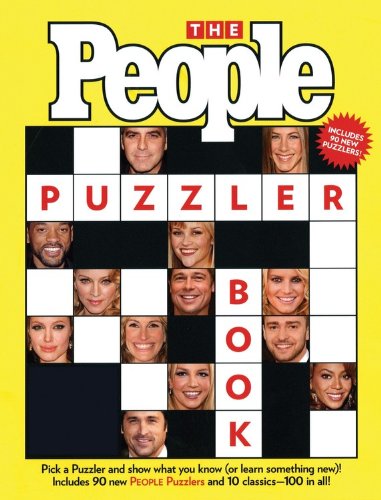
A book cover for The PEOPLE Puzzler Book; Editors of People Magazine; Humor & Entertainment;